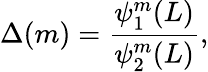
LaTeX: \Delta(m)={\frac{\psi_{1}^{m}(L)}{\psi_{2}^{m}(L)}},